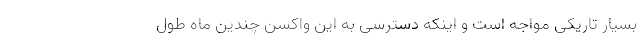
بسیار تاریکی مواجه است و اینکه دسترسی به این واکسن چندین ماه طول